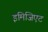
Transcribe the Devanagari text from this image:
इमिजिएट